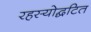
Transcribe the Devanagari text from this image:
रहस्योद्घटित